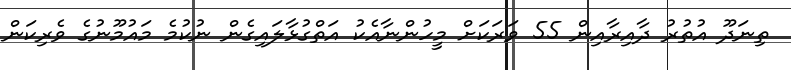
ތިނަދޫ އުތުރު ދާއިރާއިން 55 ވަރަކަށް މީހުންނާއެކު އަތްގުޅާލައިގެން ނުކުމެ މައުމޫނުގެ ވެރިކަން